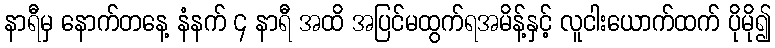
နာရီမှ နောက်တနေ့ နံနက် ၄ နာရီ အထိ အပြင်မထွက်ရအမိန့်နှင့် လူငါးယောက်ထက် ပိုမို၍